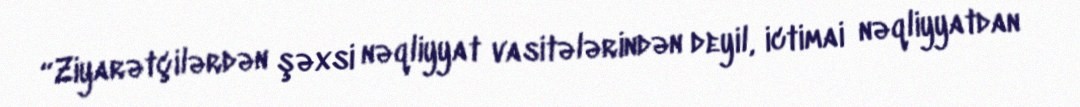
“Ziyarətçilərdən şəxsi nəqliyyat vasitələrindən deyil, ictimai nəqliyyatdan